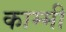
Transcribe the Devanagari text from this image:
काम्मी